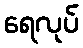
ရေလုပ်